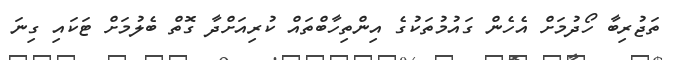
ތަޖުރިބާ ހޯދުމަށް އެހެން ގައުމުތަކުގެ އިންތިހާބްތައް ކުރިއަށްދާ ގޮތް ބެލުމަށް ޓަކައި ގިނަ